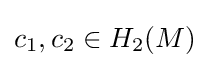
c_{1},c_{2}\in H_{2}(M)